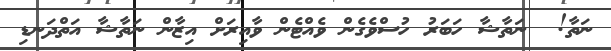
ނަތާ!  ނަތާޝާ ހަބަރު ހުސްވެގެން ވެއްޓެން ވާއިރަށް އިޒާން ނަތާޝާ އަތްދަނޑި